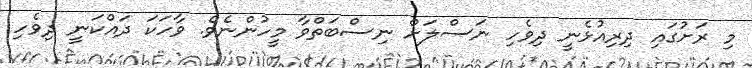
މި ރަށުގައި ދިރިއުޅެނީ ދިވެހި ނަސްލަށް ނިސްބަތްވާ މީހުންނެވެ. ވާހަކަ ދައްކަނީ ދިވެހި